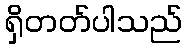
ရှိတတ်ပါသည်